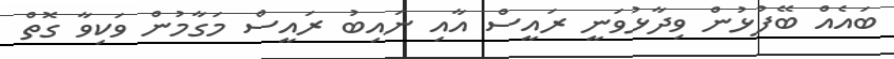
ބައެއް ބޭފުޅުން ވިދާޅުވަނީ ރައީސް އާއި ނައިބު ރައީސް މަގާމުން ވަކިވާ ގޮތް